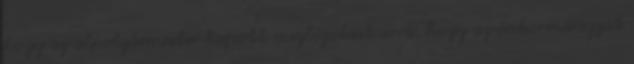
hogy az alpolgármester kapott megbízatást arra, hogy az önkormányzat